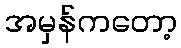
အမှန်ကတော့